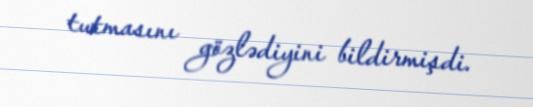
tutmasını gözlədiyini bildirmişdi.